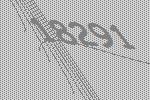
18291